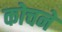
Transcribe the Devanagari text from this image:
कोचने